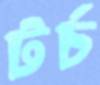
টর্চ